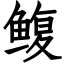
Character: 鳆